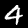
Label: 4